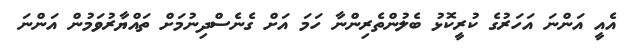
އެއީ އަންނަ އަހަރުގެ ކުރީކޮޅު ބެލުންތެރިންނާ ހަމަ އަށް ގެނެސްދިނުމަށް ތައްޔާރުވަމުން އަންނަ